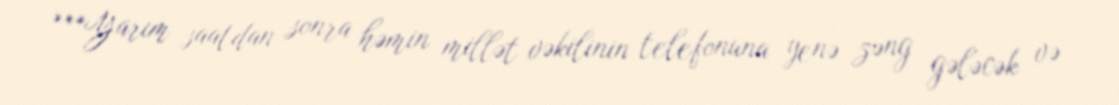
***Yarım saatdan sonra həmin millət vəkilinin telefonuna yenə zəng gələcək və